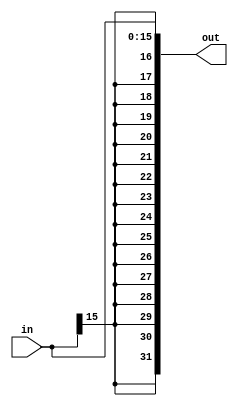
module signExtension(in, out);

input [15:0] in;
output [31:0] out;

assign out = {{16{in[15]}}, in[15:0]};

endmodule